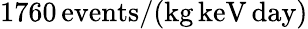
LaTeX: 1760\, \mathrm{events}/(\mathrm{kg}\, \mathrm{keV}\, \mathrm{day})